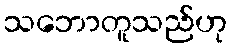
သဘောတူသည်ဟု